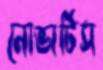
নোভার্টিস